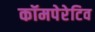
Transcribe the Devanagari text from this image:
कॉमपेरेटिव